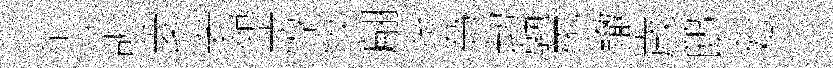
忐訶菱老盌惇悴翩恱為劫熟炁轍歳鸱廵